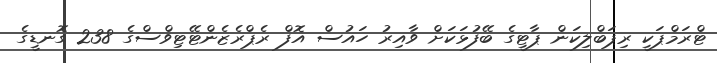
ޓްރަމްޕަކީ ރިޕަބްލިކަން ޕާޓީގެ ބޭފުޅަކަށް ވާއިރު ހައުސް އޮފް ރެޕްރެޒެންޓޭޓިވްސްގެ 238 ގޮނޑީގެ